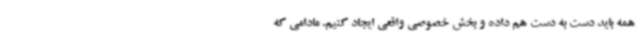
همه باید دست به دست هم داده و بخش خصوصی واقعی ایجاد کنیم. مادامی که